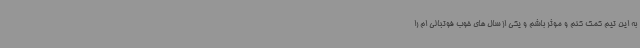
به این تیم کمک کنم و موثر باشم و یکی از سال های خوب فوتبالی ام را